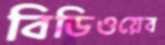
বিডিওয়েব